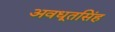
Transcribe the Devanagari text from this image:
अवधूतसिंह